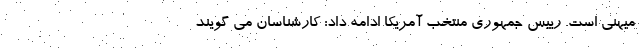
میهنی است. رییس جمهوری منتخب آمریکا ادامه داد: کارشناسان می گویند